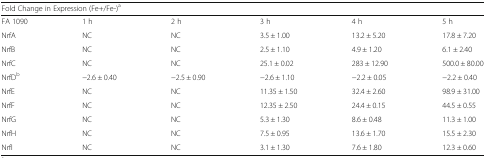
<table><thead><tr><td colspan="6"><b>Fold Change in Expression (Fe+/Fe-)<sup>a</sup></b></td></tr></thead><tbody><tr><td>FA 1090</td><td>1 h</td><td>2 h</td><td>3 h</td><td>4 h</td><td>5 h</td></tr><tr><td>NrfA</td><td>NC</td><td>NC</td><td>3.5 ± 1.00</td><td>13.2 ± 5.20</td><td>17.8 ± 7.20</td></tr><tr><td>NrfB</td><td>NC</td><td>NC</td><td>2.5 ± 1.10</td><td>4.9 ± 1.20</td><td>6.1 ± 2.40</td></tr><tr><td>NrfC</td><td>NC</td><td>NC</td><td>25.1 ± 0.02</td><td>283 ± 12.90</td><td>500.0 ± 80.00</td></tr><tr><td>NrfD<sup>b</sup></td><td>−2.6 ± 0.40</td><td>−2.5 ± 0.90</td><td>−2.6 ± 1.10</td><td>−2.2 ± 0.05</td><td>−2.2 ± 0.40</td></tr><tr><td>NrfE</td><td>NC</td><td>NC</td><td>11.35 ± 1.50</td><td>32.4 ± 2.60</td><td>98.9 ± 31.00</td></tr><tr><td>NrfF</td><td>NC</td><td>NC</td><td>12.35 ± 2.50</td><td>24.4 ± 0.15</td><td>44.5 ± 0.55</td></tr><tr><td>NrfG</td><td>NC</td><td>NC</td><td>5.3 ± 1.30</td><td>8.6 ± 0.48</td><td>11.3 ± 1.00</td></tr><tr><td>NrfH</td><td>NC</td><td>NC</td><td>7.5 ± 0.95</td><td>13.6 ± 1.70</td><td>15.5 ± 2.30</td></tr><tr><td>NrfI</td><td>NC</td><td>NC</td><td>3.1 ± 1.30</td><td>7.6 ± 1.80</td><td>12.3 ± 0.60</td></tr></tbody></table>